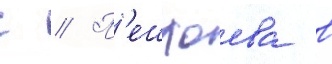
с // П'ешхоева в